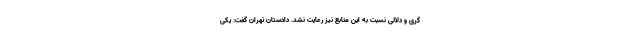
گری و دلالی نسبت به این منابع نیز رعایت نشد. دادستان تهران گفت: یکی